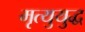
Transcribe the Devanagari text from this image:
मृत्युयुद्ध